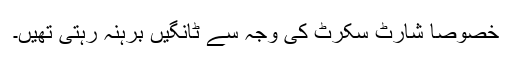
خصوصاً شارٹ سکرٹ کی وجہ سے ٹانگیں برہنہ رہتی تھیں۔